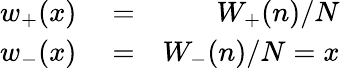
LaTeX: \begin{array}{rlr}{{w_{+}}(x)}&{{}=}&{{{{W_{+}}(n)}}/{N}}\\ {{w_{-}}(x)}&{{}=}&{{{{W_{-}}(n)}}/{N}=x}\end{array}